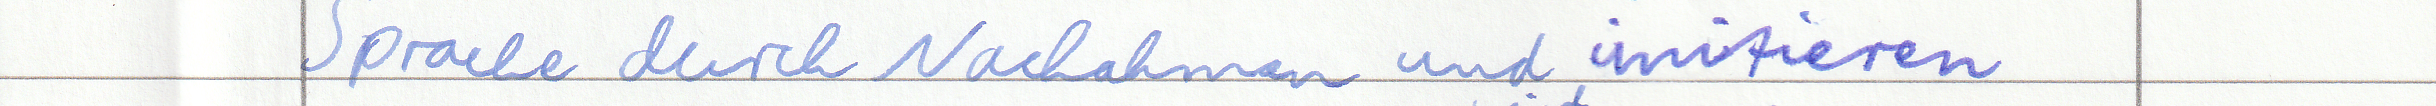
Sprache durch Nachahmen und imitieren